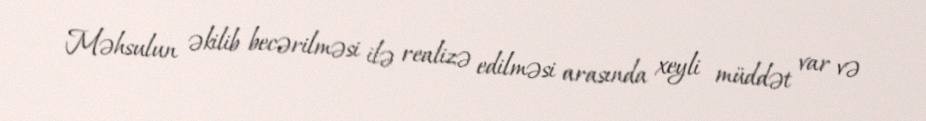
Məhsulun əkilib becərilməsi ilə realizə edilməsi arasında xeyli müddət var və